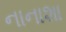
નાનાશા